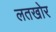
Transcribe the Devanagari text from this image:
लतखोर